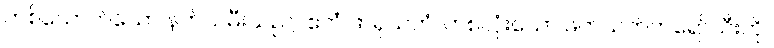
တစ်ယောက်သော နတ်သမီးသည်။ ဧကံ ဖာရုသတံ၊ တစ်လုံးသော ဖက်သက်တရော်သီးကို။